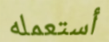
أستعمله